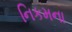
નિકમના